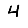
Digit: 4